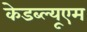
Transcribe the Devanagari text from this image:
केडब्ल्यूएम